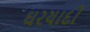
ઘરયાદી